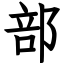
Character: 部